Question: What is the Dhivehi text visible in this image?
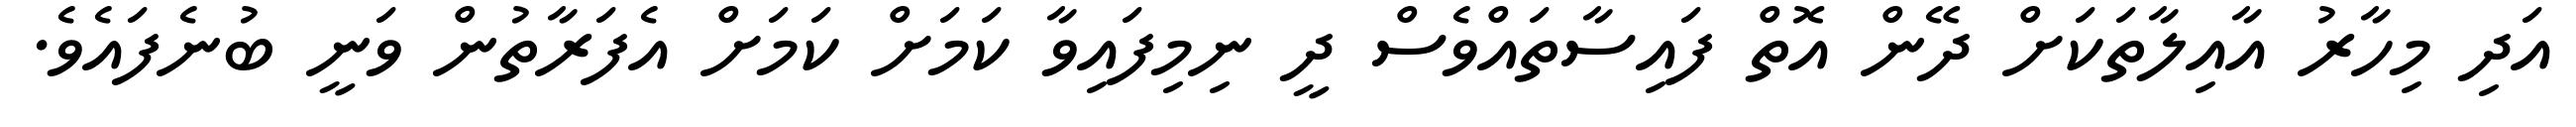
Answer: އަދި މިހާރު އާއިލާތަކަށް ދޭން އޮތް ފައިސާތައްވެސް ދީ ނިމިފައިވާ ކަމަށް ކަމަށް އެފަރާތުން ވަނީ ބުނެފައެވެ.